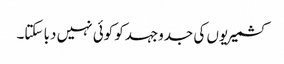
کشمیریوں کی جدوجہدکو کوئی نہیں دبا سکتا۔